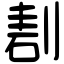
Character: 剨